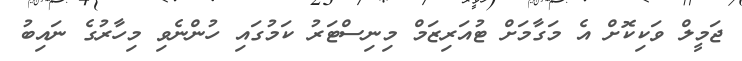
ޖަމީލް ވަކިކޮށް އެ މަގާމަށް ޓުއަރިޒަމް މިނިސްޓަރު ކަމުގައި ހުންނެވި މިހާރުގެ ނައިބު